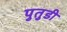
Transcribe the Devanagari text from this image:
पुतुडी